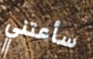
سأعتني